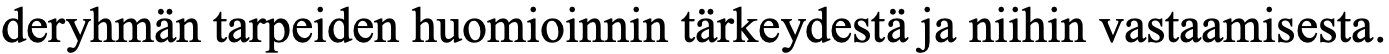
deryhmän tarpeiden huomioinnin tärkeydestä ja niihin vastaamisesta.